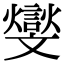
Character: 𣁧